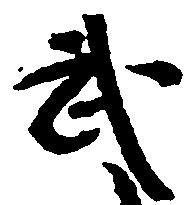
武